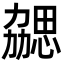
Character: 勰